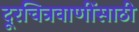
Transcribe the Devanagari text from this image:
दूरचित्रवाणींसाठी